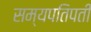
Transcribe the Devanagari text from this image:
सम्यपतिपती